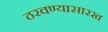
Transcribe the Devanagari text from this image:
ठरवण्यासारख